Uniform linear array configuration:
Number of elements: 4
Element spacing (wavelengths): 0.75
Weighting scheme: binomial
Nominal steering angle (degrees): -15
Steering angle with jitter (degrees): -14.594
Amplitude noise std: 0.05
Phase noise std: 0.05

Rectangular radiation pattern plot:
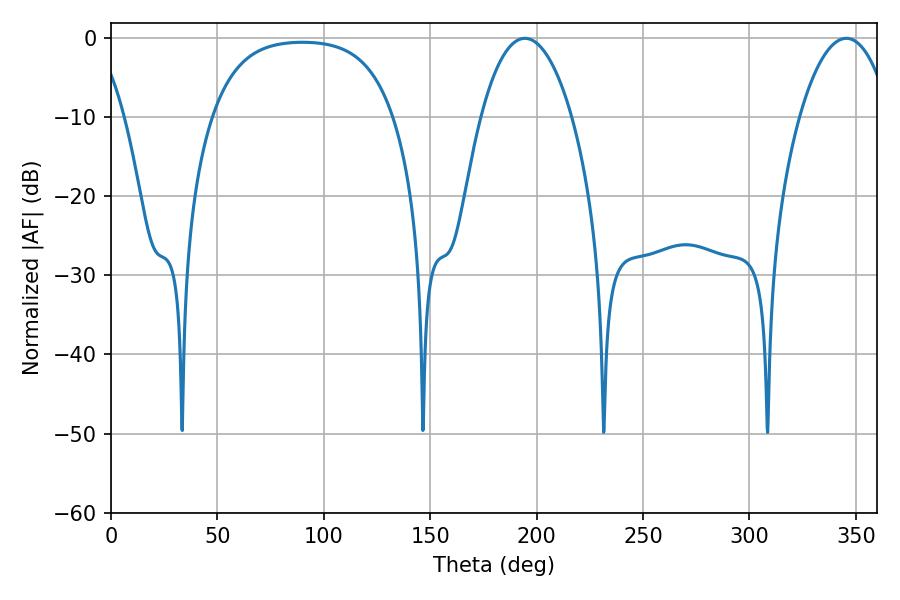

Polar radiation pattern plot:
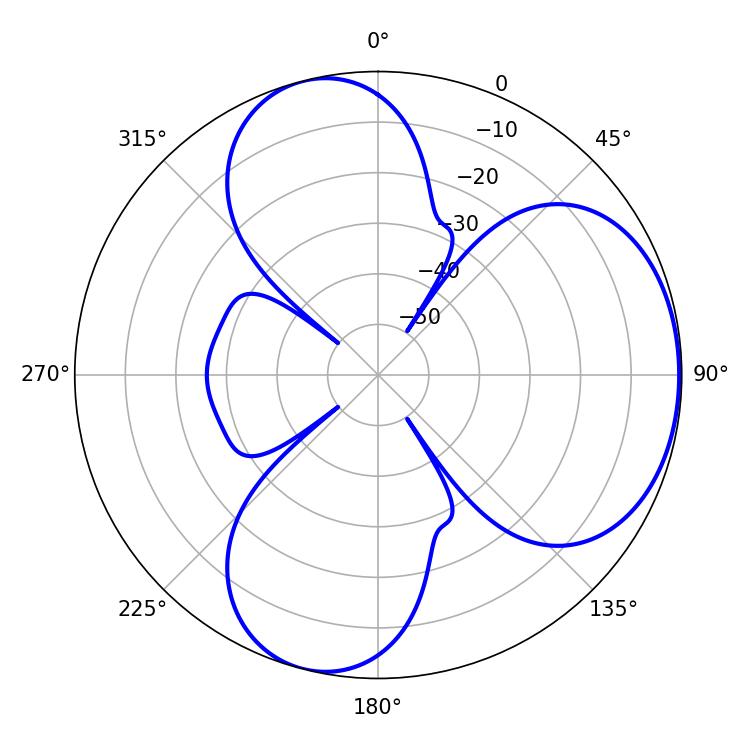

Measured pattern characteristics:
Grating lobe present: TRUE
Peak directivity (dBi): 5.019
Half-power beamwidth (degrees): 23.94
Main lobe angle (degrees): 194.4